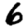
Digit: 6